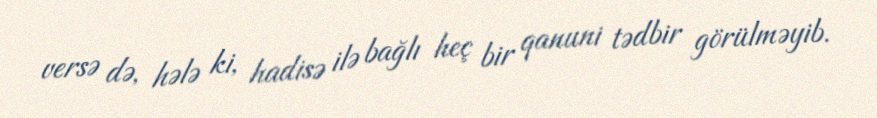
versə də, hələ ki, hadisə ilə bağlı heç bir qanuni tədbir görülməyib.